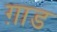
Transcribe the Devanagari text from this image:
ग़ाड